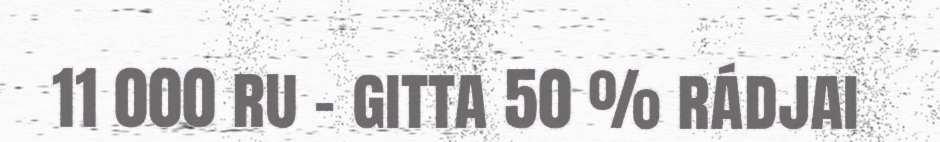
11 000 ru - gitta 50 % rádjai